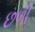
છળી